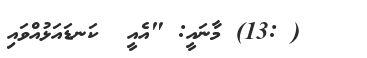
( :13) މާނައީ: "އެއީ  ކަނޑައަޅުއްވައި